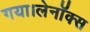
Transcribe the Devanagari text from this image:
गया।लेनॉक्स